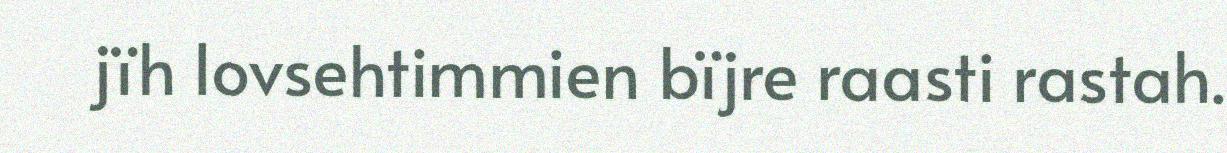
jïh lovsehtimmien bïjre raasti rastah.